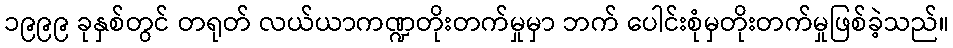
၁၉၉၉ ခုနှစ်တွင် တရုတ် လယ်ယာကဏ္ဍတိုးတက်မှုမှာ ဘက် ပေါင်းစုံမှတိုးတက်မှုဖြစ်ခဲ့သည်။